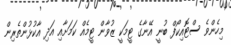
މިހެންވެ ސްޓޮއިކޯފް ބުނީ އޭނާގެ ޓީމަކީ ޒުވާން ޓީމެއް ކަމަށާއި އަދި އާކުޅުންތެރިން